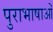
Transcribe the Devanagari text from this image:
पुराभाषाओं